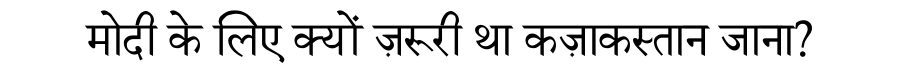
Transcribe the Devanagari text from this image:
मोदी के लिए क्यों ज़रूरी था कज़ाकस्तान जाना?